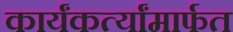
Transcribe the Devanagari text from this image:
कार्यंकर्त्यांमार्फत